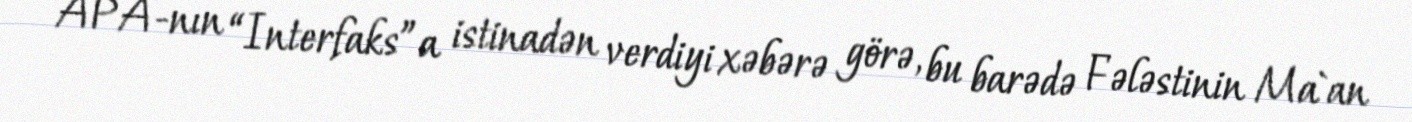
APA-nın “Interfaks”a istinadən verdiyi xəbərə görə, bu barədə Fələstinin Ma`an